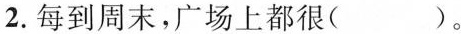
2.每到周末，广场上都很( )。